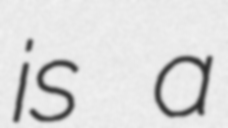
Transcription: is a